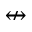
\nleftrightarrow